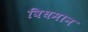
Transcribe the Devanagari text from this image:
विघमान